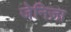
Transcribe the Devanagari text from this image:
जेनिज़ा